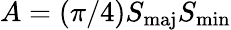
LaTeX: A=(\pi/4)S_{\mathrm{maj}}S_{\mathrm{min}}